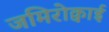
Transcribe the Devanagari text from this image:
जमिरोक्वाई